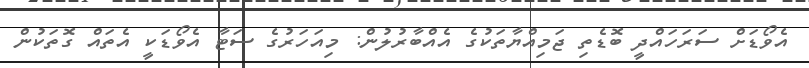
އެވޯޑަށް ސަރަހައްދީ ބޮޑެތި ޖަމިއްޔާތަކުގެ އެއްބާރުލުން: މިއަހަރުގެ ސަޓާ އެވޯޑަކީ އެތައް ގޮތަކުން